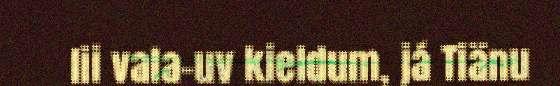
lii vala-uv kieldum, já Tiänu